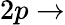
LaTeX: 2p\rightarrow